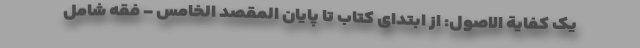
یک کفایة الاصول: از ابتدای کتاب تا پایان المقصد الخامس - فقه شامل